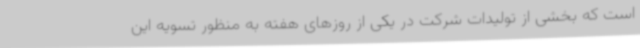
است که بخشی از تولیدات شرکت در یکی از روزهای هفته به منظور تسویه این